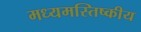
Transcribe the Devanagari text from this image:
मध्यमस्तिष्कीय